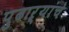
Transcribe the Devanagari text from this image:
पुढाऱ्यांचे